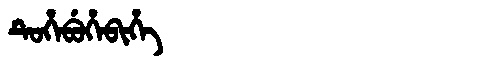
Manchu: ᡨᡠᡥᡝᠪᡠᡥᡝᠪᡳᡥᡝ
Romanization: TUHEBUHEBIHE